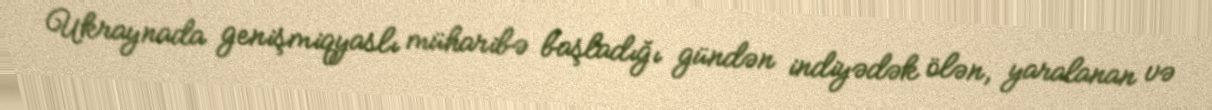
Ukraynada genişmiqyaslı müharibə başladığı gündən indiyədək ölən, yaralanan və